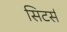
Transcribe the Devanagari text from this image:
सिटर्स